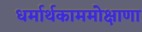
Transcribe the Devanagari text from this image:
धर्मार्थकाममोक्षाणा